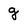
Character: g